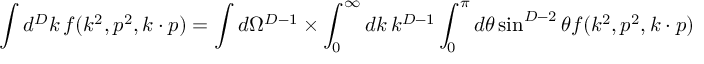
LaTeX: \int d ^ { D } k \, f ( k ^ { 2 } , p ^ { 2 } , k \cdot p ) = \int d \Omega ^ { D - 1 } \times \int _ { 0 } ^ { \infty } d k \, k ^ { D - 1 } \int _ { 0 } ^ { \pi } d \theta \sin ^ { D - 2 } \theta f ( k ^ { 2 } , p ^ { 2 } , k \cdot p )